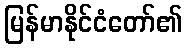
မြန်မာနိုင်ငံတော်၏